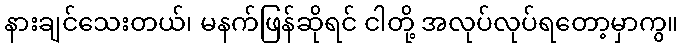
နားချင်သေးတယ်၊ မနက်ဖြန်ဆိုရင် ငါတို့ အလုပ်လုပ်ရတော့မှာကွ။